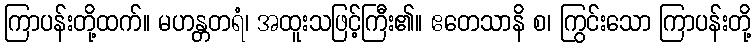
ကြာပန်းတို့ထက်။ မဟန္တတရံ၊ အထူးသဖြင့်ကြီး၏။ ဧတေသာနိ စ၊ ကြွင်းသော ကြာပန်းတို့